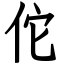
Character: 佗